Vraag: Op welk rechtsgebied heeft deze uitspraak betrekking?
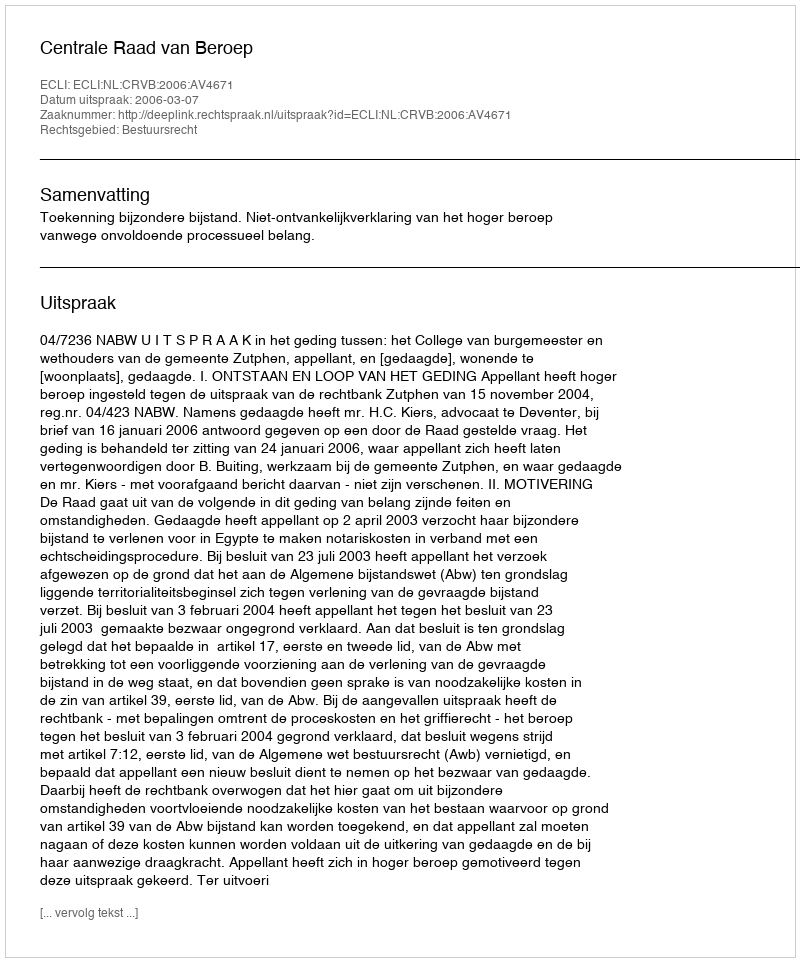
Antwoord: Bestuursrecht